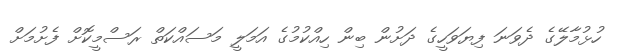
ހުޅުމާލޭގެ ދެވަނަ ފިޔަވަހީގެ ދަށުން ބިން ހިއްކުމުގެ އަމަލީ މަސައްކަތް ރަސްމީކޮށް ފެށުމަށް